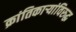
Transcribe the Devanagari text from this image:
क्रांतिकाऱ्यांविरुद्ध